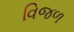
વિજળ